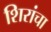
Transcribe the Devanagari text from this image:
शिरांचा